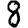
Digit: 8